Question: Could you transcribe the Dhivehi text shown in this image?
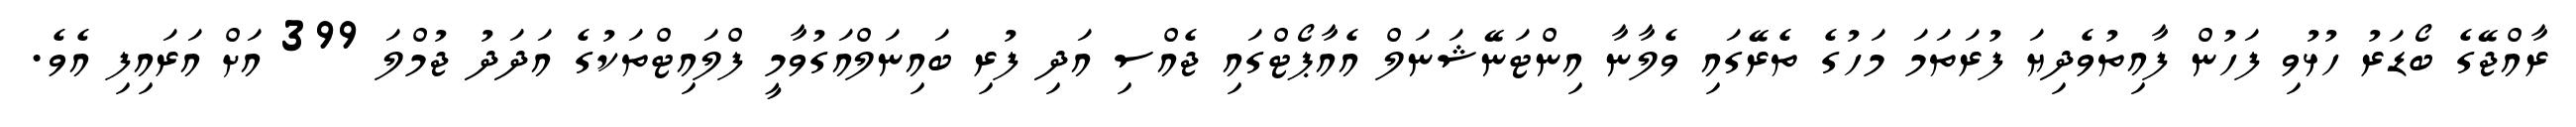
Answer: ރާއްޖޭގެ ބޯޑަރު ހުޅުވި ފަހުން ފާއިތުވެދިޔަ ފުރަތަމަ މަހުގެ ތެރޭގައި ވެލާނާ އިންޓަނޭޝަނަލް އެއާޕޯޓްގައި ޖެއްސި އަދި ފުރި ބައިނަލްއަގުވާމީ ފްލައިޓްތަކުގެ އަދަދު ޖުމްލަ 399 އަށް އަރައިފި އެވެ.